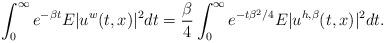
LaTeX: \begin{align*}\int_0^{\infty} e^{-\beta t} E|u^{w}(t,x)|^2 dt=\frac{\beta}{4} \int_0^{\infty} e^{- t\beta^2/4} E|u^{h,\beta}(t,x)|^2 dt.\end{align*}